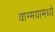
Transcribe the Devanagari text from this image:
वाग्मयामध्ये